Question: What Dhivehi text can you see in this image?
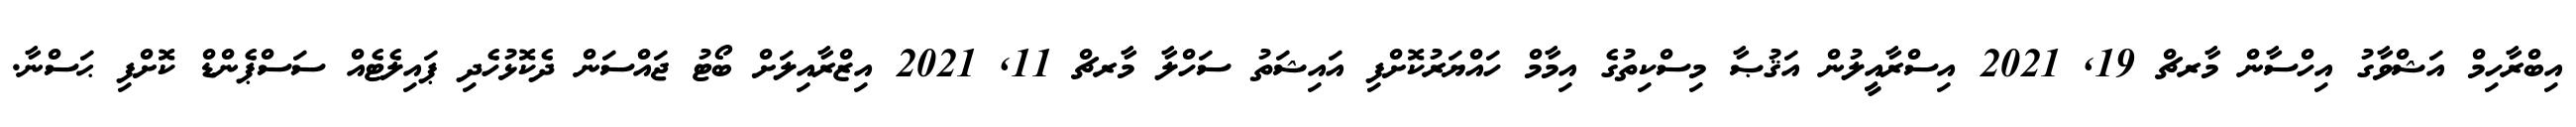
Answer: އިބްރާހިމް އަޝްވާގު އިހްސާން މާރޗް 19, 2021 އިސްރާއީލުން އަޤުޞާ މިސްކިތުގެ އިމާމް ހައްޔަރުކޮށްފި އައިޝަތު ސަހްލާ މާރޗް 11, 2021 އިޒްރާއިލަށް ބޯޓު ޖައްސަން ދެކޮޅުހެދި ޕައިލެޓެއް ސަސްޕެންޑް ކޮށްފި ޙަސްނާ.